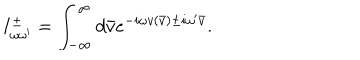
LaTeX: I _ { \omega \omega ^ { \prime } } ^ { \pm } = \int _ { - \infty } ^ { \infty } d \bar { v } e ^ { - i \omega v ( \bar { v } ) \pm i \omega ^ { \prime } \bar { v } } .